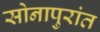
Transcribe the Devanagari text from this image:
सोनापुरांत